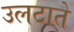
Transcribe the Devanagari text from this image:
उलटाते